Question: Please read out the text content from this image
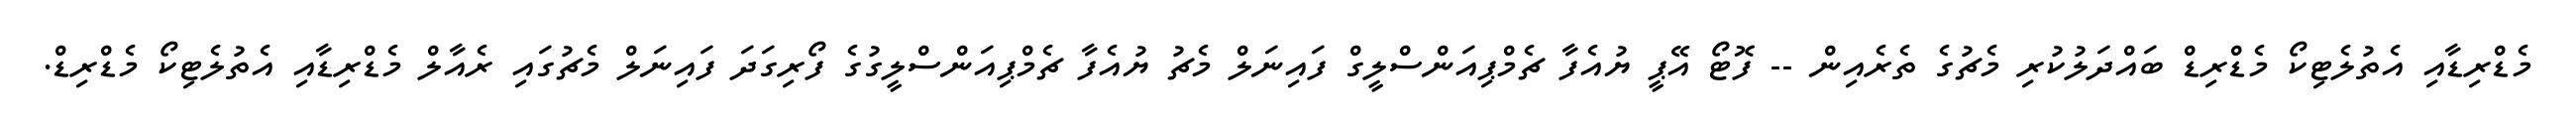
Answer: މެޑްރިޑާއި އެތުލެޓިކޯ މެޑްރިޑް ބައްދަލުކުރި މެޗުގެ ތެރެއިން -- ފޮޓޯ އޭޕީ ޔުއެފާ ޗެމްޕިއަންސްލީގް ފައިނަލް މެޗު ޔުއެފާ ޗެމްޕިއަންސްލީގުގެ ފޯރިގަދަ ފައިނަލް މެޗުގައި ރެއާލް މެޑްރިޑާއި އެތުލެޓިކޯ މެޑްރިޑް.